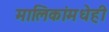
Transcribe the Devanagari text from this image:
मालिकांमधेही